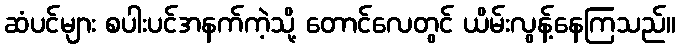
ဆံပင်များ စပါးပင်အနက်ကဲ့သို့ တောင်လေတွင် ယိမ်းလွန့်နေကြသည်။